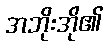
အဘိုးအို၏